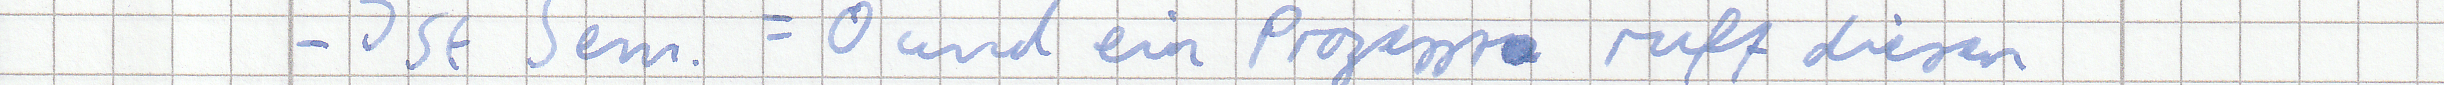
- Ist Sem. = 0 und ein Prozess ruft diesen